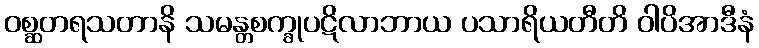
ဝစ္ဆတရသတာနိ သမန္တစက္ခုပဋိလာဘာယ ပသာရိယတီတိ ဝါပိအာဒီနံ